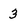
Character: 3